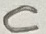
Text: C